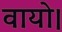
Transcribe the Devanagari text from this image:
वायो।